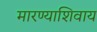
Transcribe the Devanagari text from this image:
मारण्याशिवाय